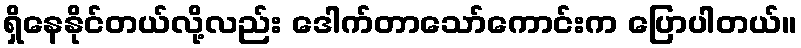
ရှိနေနိုင်တယ်လို့လည်း ဒေါက်တာသော်ကောင်းက ပြောပါတယ်။